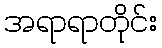
အရာရာတိုင်း